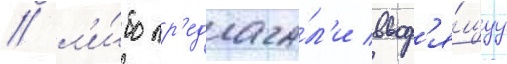
/ л'и́бо пр'едлага́л'и ввод'я́щуу